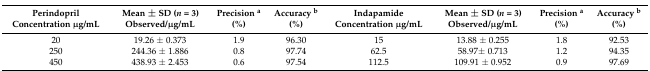
<table><thead><tr><td><b>Perindopril Concentration μg/mL</b></td><td><b>Mean ± SD (<i>n</i> = 3) Observed/μg/mL</b></td><td><b>Precision <sup>a</sup> (%)</b></td><td><b>Accuracy <sup>b</sup> (%)</b></td><td><b>Indapamide Concentration μg/mL</b></td><td><b>Mean ± SD (<i>n</i> = 3) Observed/μg/mL</b></td><td><b>Precision <sup>a</sup> (%)</b></td><td><b>Accuracy <sup>b</sup> (%)</b></td></tr></thead><tbody><tr><td>20</td><td>19.26 ± 0.373</td><td>1.9</td><td>96.30</td><td>15</td><td>13.88 ± 0.255</td><td>1.8</td><td>92.53</td></tr><tr><td>250</td><td>244.36 ± 1.886</td><td>0.8</td><td>97.74</td><td>62.5</td><td>58.97± 0.713</td><td>1.2</td><td>94.35</td></tr><tr><td>450</td><td>438.93 ± 2.453</td><td>0.6</td><td>97.54</td><td>112.5</td><td>109.91 ± 0.952</td><td>0.9</td><td>97.69</td></tr></tbody></table>